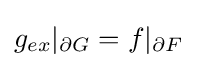
g_{ex}|_{\partial G}=f|_{\partial F}